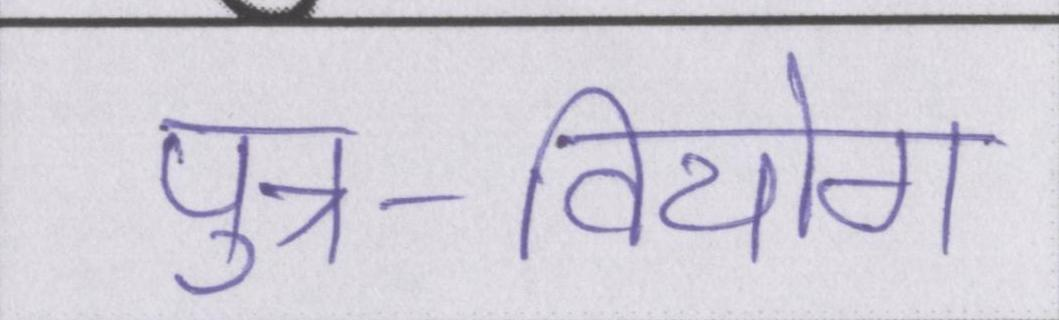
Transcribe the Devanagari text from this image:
पुत्र-वियोग